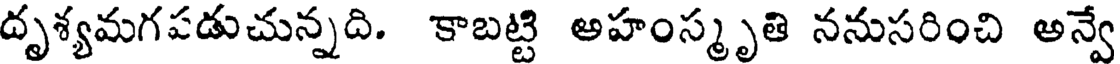
దృశ్యమగపడుచున్నది. కాబట్టి అహంస్మృతి ననుసరించి అన్వే